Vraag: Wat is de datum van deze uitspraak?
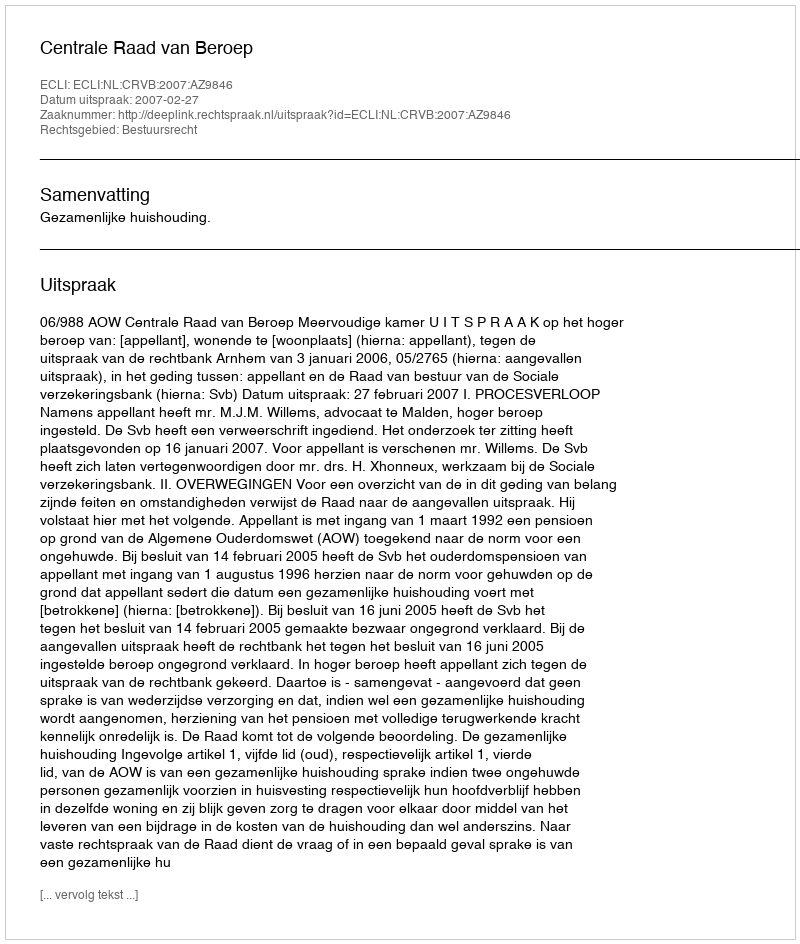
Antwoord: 2007-02-27